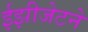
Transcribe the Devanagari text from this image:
ईझीजेटने